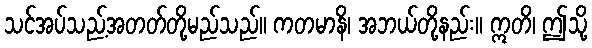
သင်အပ်သည့်အတတ်တို့မည်သည်။ ကတမာနိ၊ အဘယ်တို့နည်း။ ဣတိ၊ ဤသို့